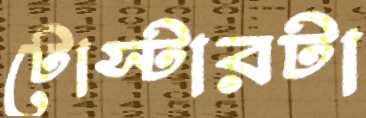
টোস্টারটা